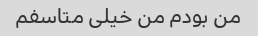
من بودم من خیلی متاسفم